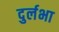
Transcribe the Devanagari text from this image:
दुर्लभा